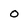
Character: o